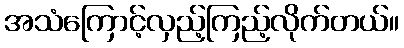
အသံကြောင့်လှည့်ကြည့်လိုက်တယ်။